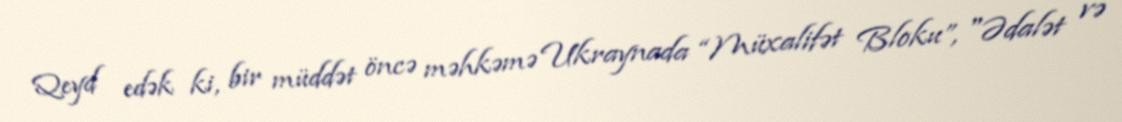
Qeyd edək ki, bir müddət öncə məhkəmə Ukraynada “Müxalifət Bloku”, "Ədalət və